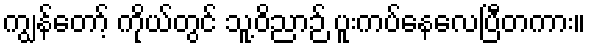
ကျွန်တော့် ကိုယ်တွင် သူ့ဝိညာဉ် ပူးကပ်နေလေပြီတကား။